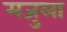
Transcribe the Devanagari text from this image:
मजुला